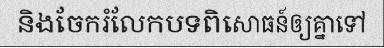
និងចែករំលែកបទពិសោធន៍ឲ្យគ្នាទៅ